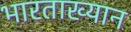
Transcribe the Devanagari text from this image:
भारताख्यान